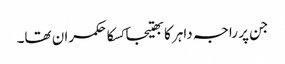
جن پر راجہ داہر کا بھتیجا کسکا حکمران تھا۔